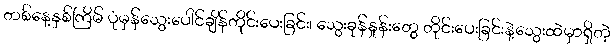
တစ်နေ့နှစ်ကြိမ် ပုံမှန်သွေးပေါင်ချိန်တိုင်းပေးခြင်း၊ သွေးခုန်နှုန်းတွေ တိုင်းပေးခြင်းနဲ့သွေးထဲမှာရှိတဲ့